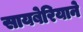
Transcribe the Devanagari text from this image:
सायबेरियाने